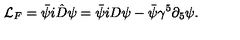
\mathcal { L } _ { F } = \bar { \psi } i \hat { D } \psi = \bar { \psi } i D \psi - \bar { \psi } \gamma ^ { 5 } \partial _ { 5 } \psi .